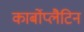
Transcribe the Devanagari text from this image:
कार्बोप्लैटिन